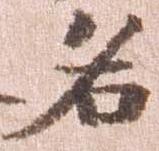
名